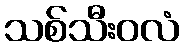
သစ်သီးဝလံ